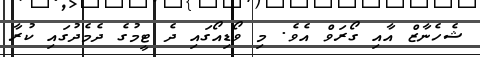
ޝެހެނާޒް އާއި ގޯރަވް އެވެ. މި ވޯޑިއޯގައި ދެ ޓީމުގެ ދެމެދުގައި ކުރާ